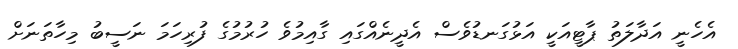
އެހެނީ އަދާލަތު ޕާޓީއަކީ އަޅުގަނޑުވެސް އެދީނެއްގައި ގާއިމުވެ ހުރުމުގެ ފުރިހަމަ ނަސީބު މިހާތަނަށް